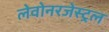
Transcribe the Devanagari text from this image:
लेवोनरजेस्ट्रल